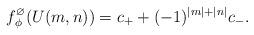
LaTeX: \begin{align*}f_\phi^\varnothing(U(m,n))=c_++(-1)^{|m|+|n|}c_-.\end{align*}